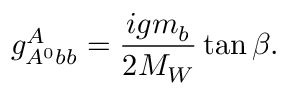
g _ { A ^ { 0 } b b } ^ { A } = \frac { i g m _ { b } } { 2 M _ { W } } \tan \beta .